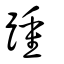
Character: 踵